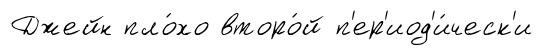
Джейн пло́хо второ́й п'ер'иод'и́ческ'и